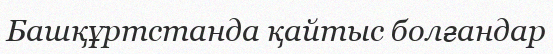
Башқұртстанда қайтыс болғандар